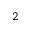
^ 2